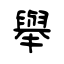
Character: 舉